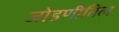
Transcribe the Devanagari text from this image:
जोडणीतिल